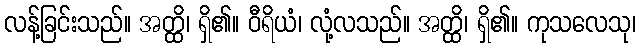
လန့်ခြင်းသည်။ အတ္ထိ၊ ရှိ၏။ ဝီရိယံ၊ လုံ့လသည်။ အတ္ထိ၊ ရှိ၏။ ကုသလေသု၊